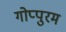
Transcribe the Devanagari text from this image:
गोप्पुरम